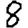
Digit: 8